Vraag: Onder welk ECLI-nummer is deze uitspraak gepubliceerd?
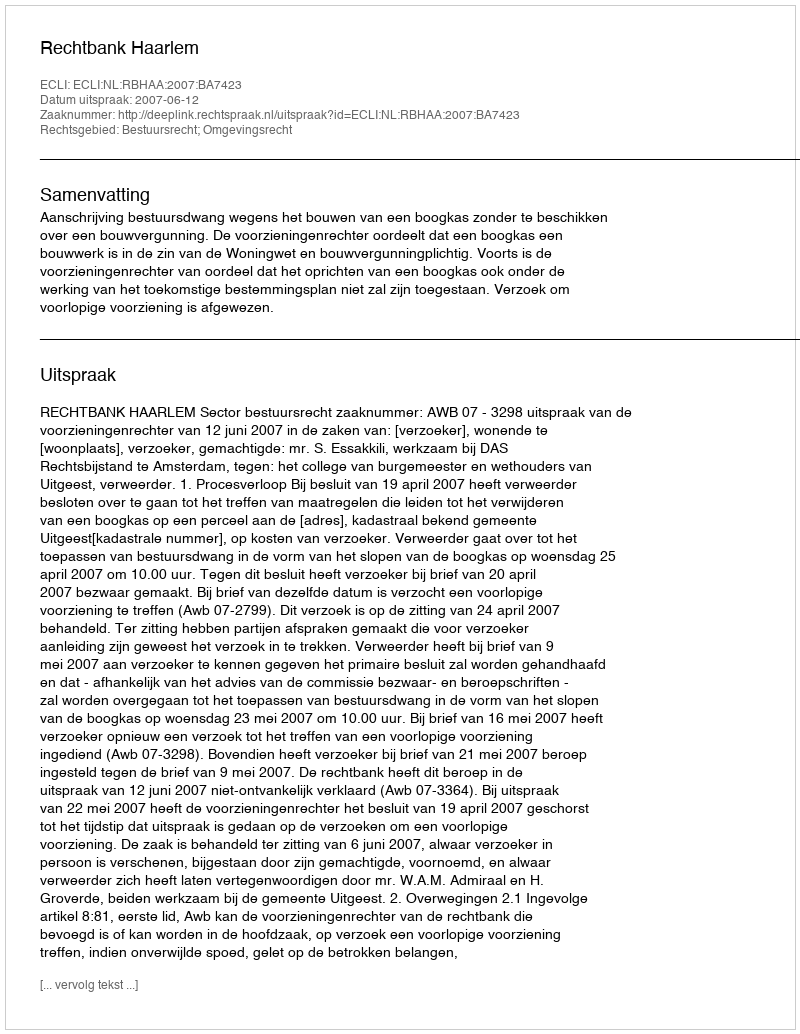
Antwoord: ECLI:NL:RBHAA:2007:BA7423